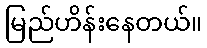
မြည်ဟိန်းနေတယ်။